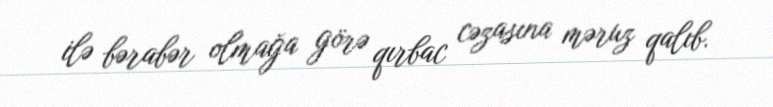
ilə bərabər olmağa görə qırbac cəzasına məruz qalıb.